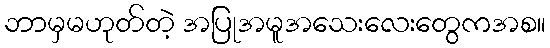
ဘာမှမဟုတ်တဲ့ အပြုအမူအသေးလေးတွေကအစ။